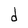
Character: d